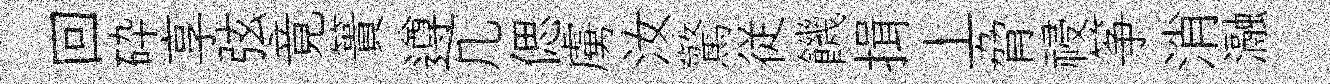
回砕享弦竟簣遵几偲虜汝驚従饑揖丄脅祲筝消瀜